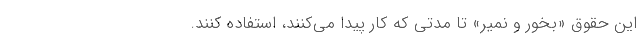
این حقوق «بخور و نمیر» تا مدتی که کار پیدا می‌کنند، استفاده کنند.